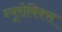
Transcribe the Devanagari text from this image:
न्यूरोबिक्स